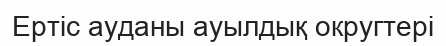
Ертіс ауданы ауылдық округтері